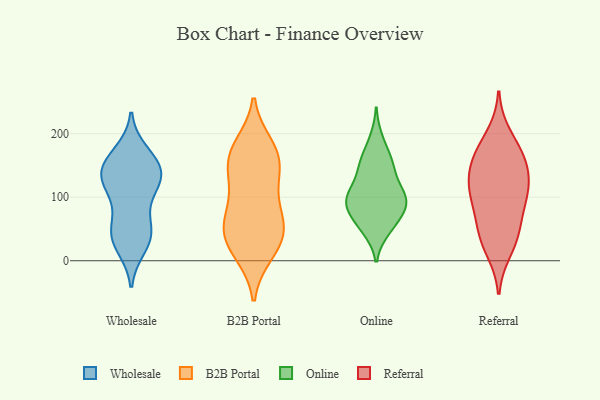
{"axis": {"x": "Website Visitors", "y": "Value"}, "legend": ["B2B Portal", "Online", "Referral", "Wholesale"], "data": [{"x": "", "y": 169, "type": "Wholesale"}, {"x": "", "y": 151, "type": "Wholesale"}, {"x": "", "y": 39, "type": "Wholesale"}, {"x": "", "y": 37, "type": "Wholesale"}, {"x": "", "y": 120, "type": "Wholesale"}, {"x": "", "y": 99, "type": "Wholesale"}, {"x": "", "y": 136, "type": "Wholesale"}, {"x": "", "y": 49, "type": "Wholesale"}, {"x": "", "y": 51, "type": "Wholesale"}, {"x": "", "y": 123, "type": "Wholesale"}, {"x": "", "y": 146, "type": "Wholesale"}, {"x": "", "y": 154, "type": "Wholesale"}, {"x": "", "y": 23, "type": "Wholesale"}, {"x": "", "y": 130, "type": "Wholesale"}, {"x": "", "y": 40, "type": "B2B Portal"}, {"x": "", "y": 47, "type": "B2B Portal"}, {"x": "", "y": 17, "type": "B2B Portal"}, {"x": "", "y": 77, "type": "B2B Portal"}, {"x": "", "y": 57, "type": "B2B Portal"}, {"x": "", "y": 168, "type": "B2B Portal"}, {"x": "", "y": 44, "type": "B2B Portal"}, {"x": "", "y": 161, "type": "B2B Portal"}, {"x": "", "y": 92, "type": "B2B Portal"}, {"x": "", "y": 13, "type": "B2B Portal"}, {"x": "", "y": 132, "type": "B2B Portal"}, {"x": "", "y": 132, "type": "B2B Portal"}, {"x": "", "y": 167, "type": "B2B Portal"}, {"x": "", "y": 180, "type": "B2B Portal"}, {"x": "", "y": 53, "type": "Online"}, {"x": "", "y": 99, "type": "Online"}, {"x": "", "y": 191, "type": "Online"}, {"x": "", "y": 101, "type": "Online"}, {"x": "", "y": 61, "type": "Online"}, {"x": "", "y": 140, "type": "Online"}, {"x": "", "y": 49, "type": "Online"}, {"x": "", "y": 163, "type": "Online"}, {"x": "", "y": 92, "type": "Online"}, {"x": "", "y": 78, "type": "Online"}, {"x": "", "y": 111, "type": "Online"}, {"x": "", "y": 150, "type": "Online"}, {"x": "", "y": 150, "type": "Online"}, {"x": "", "y": 101, "type": "Online"}, {"x": "", "y": 81, "type": "Online"}, {"x": "", "y": 96, "type": "Online"}, {"x": "", "y": 16, "type": "Referral"}, {"x": "", "y": 105, "type": "Referral"}, {"x": "", "y": 108, "type": "Referral"}, {"x": "", "y": 120, "type": "Referral"}, {"x": "", "y": 56, "type": "Referral"}, {"x": "", "y": 34, "type": "Referral"}, {"x": "", "y": 104, "type": "Referral"}, {"x": "", "y": 126, "type": "Referral"}, {"x": "", "y": 39, "type": "Referral"}, {"x": "", "y": 160, "type": "Referral"}, {"x": "", "y": 151, "type": "Referral"}, {"x": "", "y": 167, "type": "Referral"}, {"x": "", "y": 168, "type": "Referral"}, {"x": "", "y": 198, "type": "Referral"}, {"x": "", "y": 74, "type": "Referral"}]}